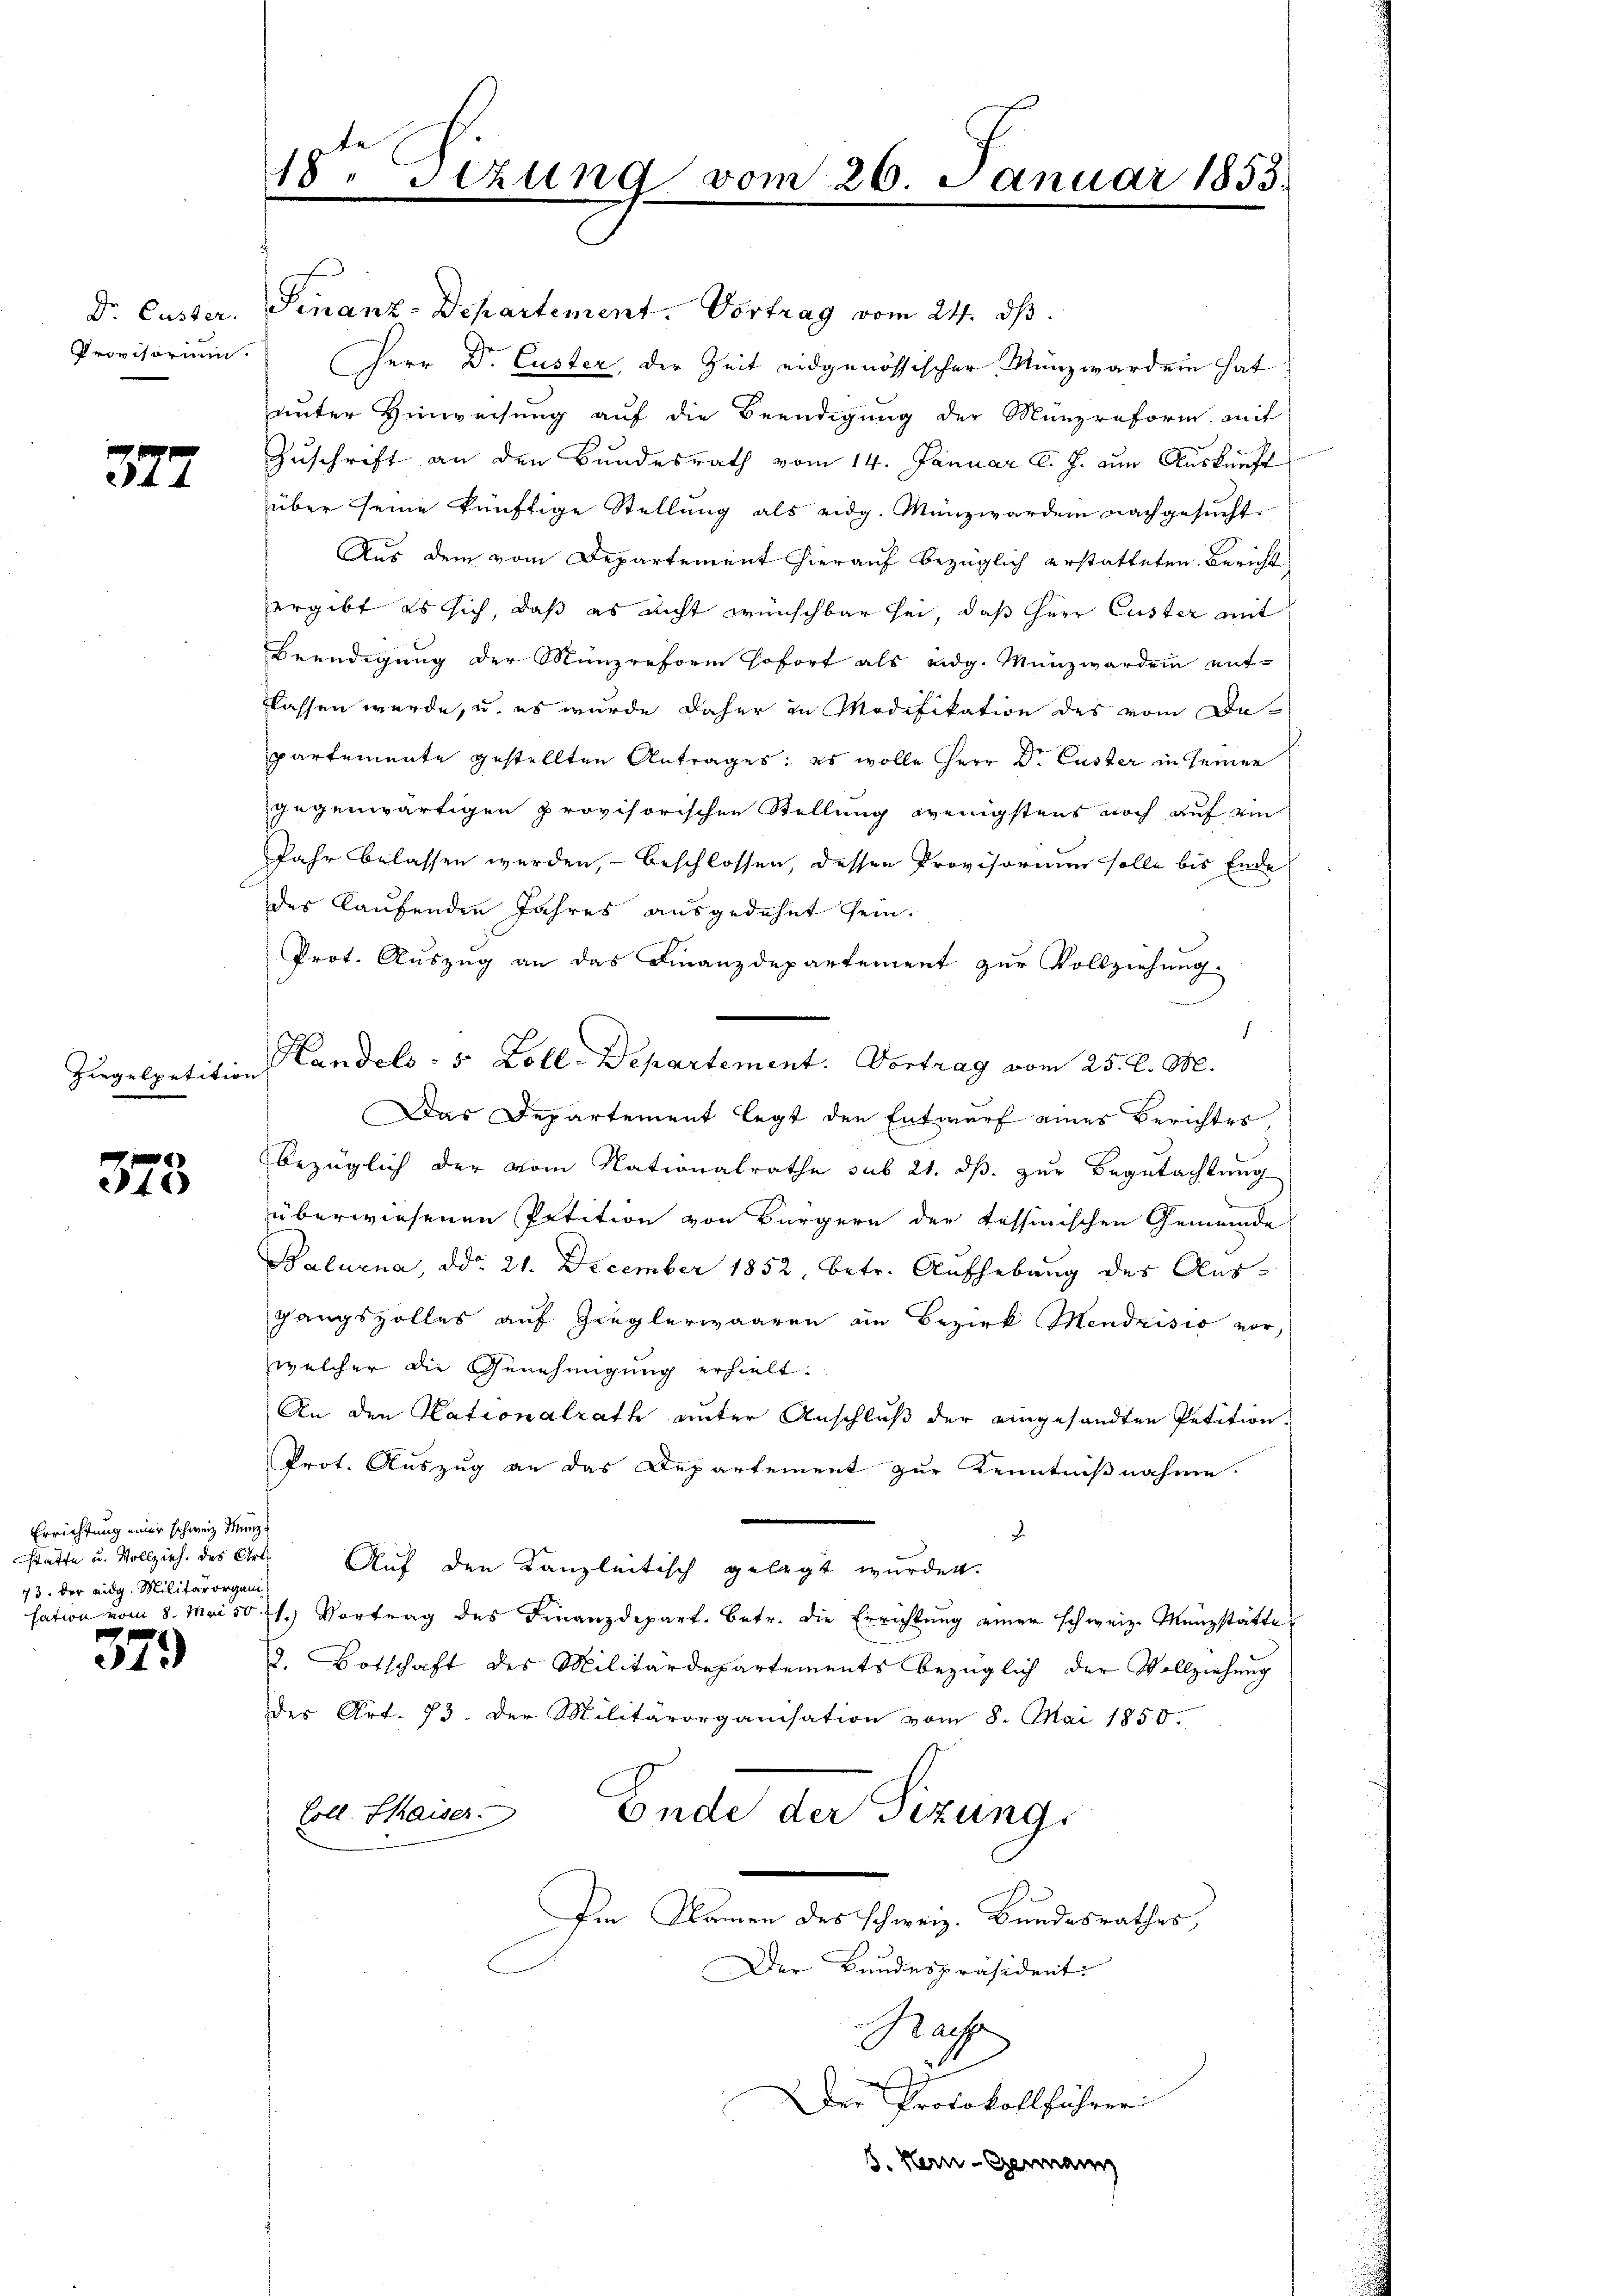
Provisorium.

377

Ziegelpetition

375

Errichtung einer schweiz. Münz¬
73. Der eidg. Militärorgan

379

18.
sizung vom 26. Januar 1853.
n

Dr. Custer. Finanz-Departement. Vortrag vom 24. ds.
Herr Dr. Custer, der Zeit eidgenössischer. Nunzwerden hat
unter Hinweisung auf die Beendigung der Münzreform mit
Zuschrift an den Bundesrath vom 14. Januar l. J. am Auskunft
über seine künftige Stellung als eidg. Münzwerden nachgesucht.
Aus dem vom Departement hierauf bezüglich erstatteten Bericht
ergibt es sich, daß es nicht wünschbar sei, daß Herr Custer mit
Beendigung der Münzreform sofort als eidg. Münzwerden ent-
flassen werde, u. es wurde daher in Modifikation des vom Departemente gestellten Antrages: es wolle Herr Dr. Custer in seiner
gegenwärtigen provisorischen Stellung wenigstens noch auf ein
Jahr belassen werden, – beschlossen, dessen Provisorium solle bis Ende
des Kaufenden Jahres ausgedehnt sein.
Prot. Auszug an das Finanzdepartement zur Vollziehung
d
Handels- 5 Zoll-Departement. Vortrag vom 25. d. M.
Das Departement legt den Entwurf eines Berichtes,
bezüglich der vom Nationalrathe sub 21. ds. zur Begutachtung
überwiesenen Petition von Bürgern der tessinischen Gemeinde
Balurna, ddo 21. December 1852, betr. Aufhebung des Ausgangszolles auf Zieglerwaaren ein Bezirk Mendrisis vor,
welcher die Genehmigung erhielt.
An den Kationalrath unter Anschluß der eingesandten Petition
Prot. Auszug an das Departement zur Kenntnißnahme
.
stätte u. Vollziehe des Art. Auf den Kanzleitisch gelegt wurden.
sation vom 8. Mai 10. 71.) Vortrag des Finanzdepart. betr. die Errichtŭng einer schweiz. Münzstätte
2. Botschaft des Militärdepartements bezüglich der Vollziehung
der Art. 73. Der Militärorganisation vom 8. Mai 1850.
Coll. Chaiser.
Ende der Sizung
Im Namen des schweiz. Bundesrathes,
Der Bundespräsident
Mach
e
f
Der Protokollführer
3. Klein - Genann